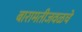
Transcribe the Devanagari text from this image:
बारामतीजवळचे